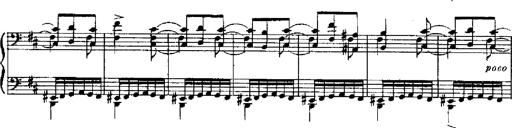
Title: RÃ©miniscences de Robert le diable
Composer: Franz Liszt